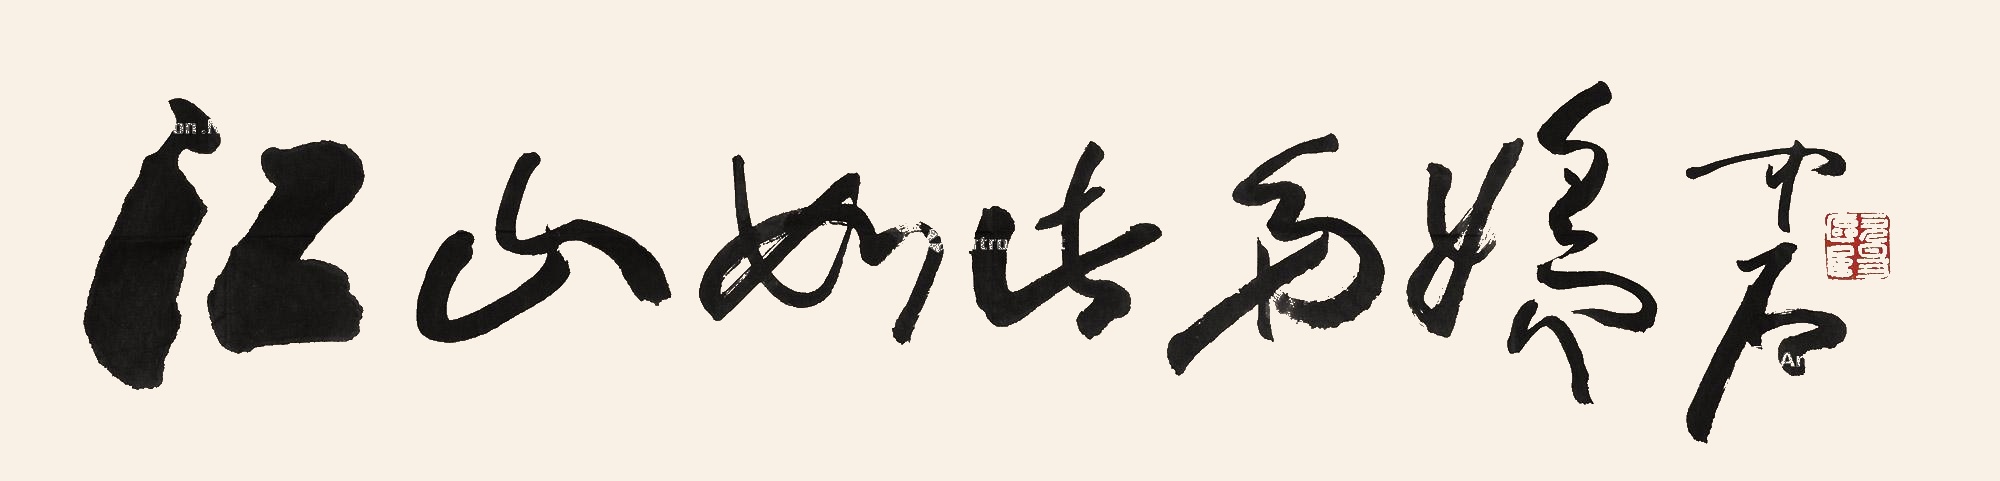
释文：江山如此多娇中石